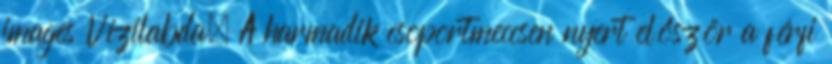
images Vízilabda. A harmadik csoportmeccsen nyert először a férfi